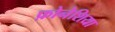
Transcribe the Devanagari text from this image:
फ़ोनेशिया